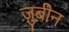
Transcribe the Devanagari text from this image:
ज़ुबीन